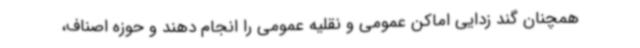
همچنان گند زدایی اماکن عمومی و نقلیه عمومی را انجام دهند و حوزه اصناف،